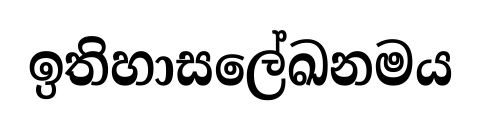
ඉතිහාසලේඛනමය